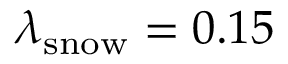
\lambda _ { \mathrm { s n o w } } = 0 . 1 5